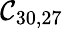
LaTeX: \mathcal{C}_{30,27}